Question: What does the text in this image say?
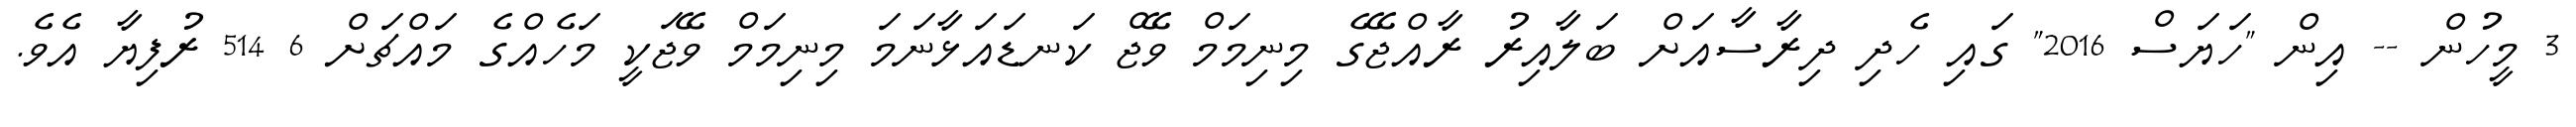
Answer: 3 މީހުން -- އިން "ހަޔަސް 2016" ގައި ހެދި ދިރާސާއަށް ބަލާއިރު ރާއްޖޭގެ މިނިމަމް ވޭޖް ކަނޑައަޅާނަމަ މިނިމަމް ވޭޖަކީ މަހެއްގެ މައްޗަށް 6 514 ރުފިޔާ އެވެ.